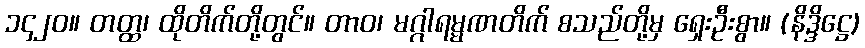
၁၄၂၀။ တတ္ထ၊ ထိုတိက်တို့တွင်။ တာဝ၊ မဂ္ဂါရမ္မဏတိက် စသည်တို့မှ ရှေးဦးစွာ။ (နိဒ္ဒိဋ္ဌေ)